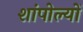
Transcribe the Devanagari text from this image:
शांपोल्यों